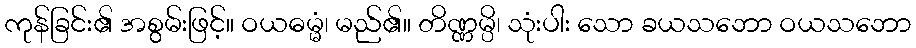
ကုန်ခြင်း၏ အစွမ်းဖြင့်။ ဝယဓမ္မံ၊ မည်၏။ တိဏ္ဏမ္ပိ၊ သုံးပါး သော ခယသဘော ဝယသဘော